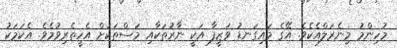
މުހިންމު މިނެރަލްއެކެވެ. އޭގެ މައިގަނޑު ވަޒީފާ އަކީ ނާރުތަކާއި މަސްތަކަށް އެހީތެރިވުމެވެ. އެކަމަކު